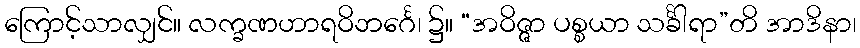
ကြောင့်သာလျှင်။ လက္ခဏဟာရဝိဘင်္ဂေ၊ ၌။ “အဝိဇ္ဇာ ပစ္စယာ သင်္ခါရာ”တိ အာဒိနာ၊